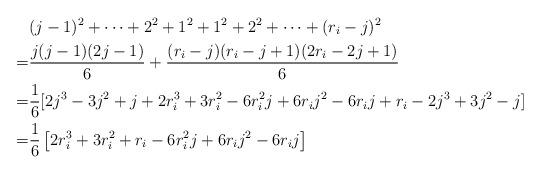
LaTeX: \begin{align*} &(j-1)^2+\cdots+2^2+1^2+1^2+2^2+\cdots+(r_i -j)^2\\ =&\frac{j(j-1)(2j-1)}{6}+\frac{(r_i -j)(r_i -j+1)(2r_i-2j+1)}{6}\\ =&\frac{1}{6}[2j^3-3j^2+j+2r^3_i+3r^2_i-6r^2_ij+6r_ij^2-6r_ij+r_i-2j^3+3j^2-j]\\=&\frac{1}{6}\left [2r^3_i+3r^2_i+r_i-6r^2_ij+6r_ij^2-6r_ij\right ]\ \end{align*}